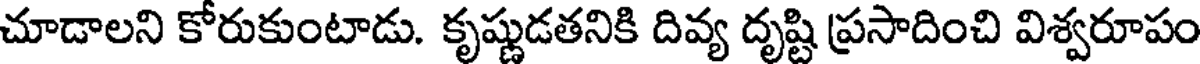
చూడాలని కోరుకుంటాడు. కృష్ణుడతనికి దివ్య దృష్టి ప్రసాదించి విశ్వరూపం